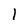
Character: 1